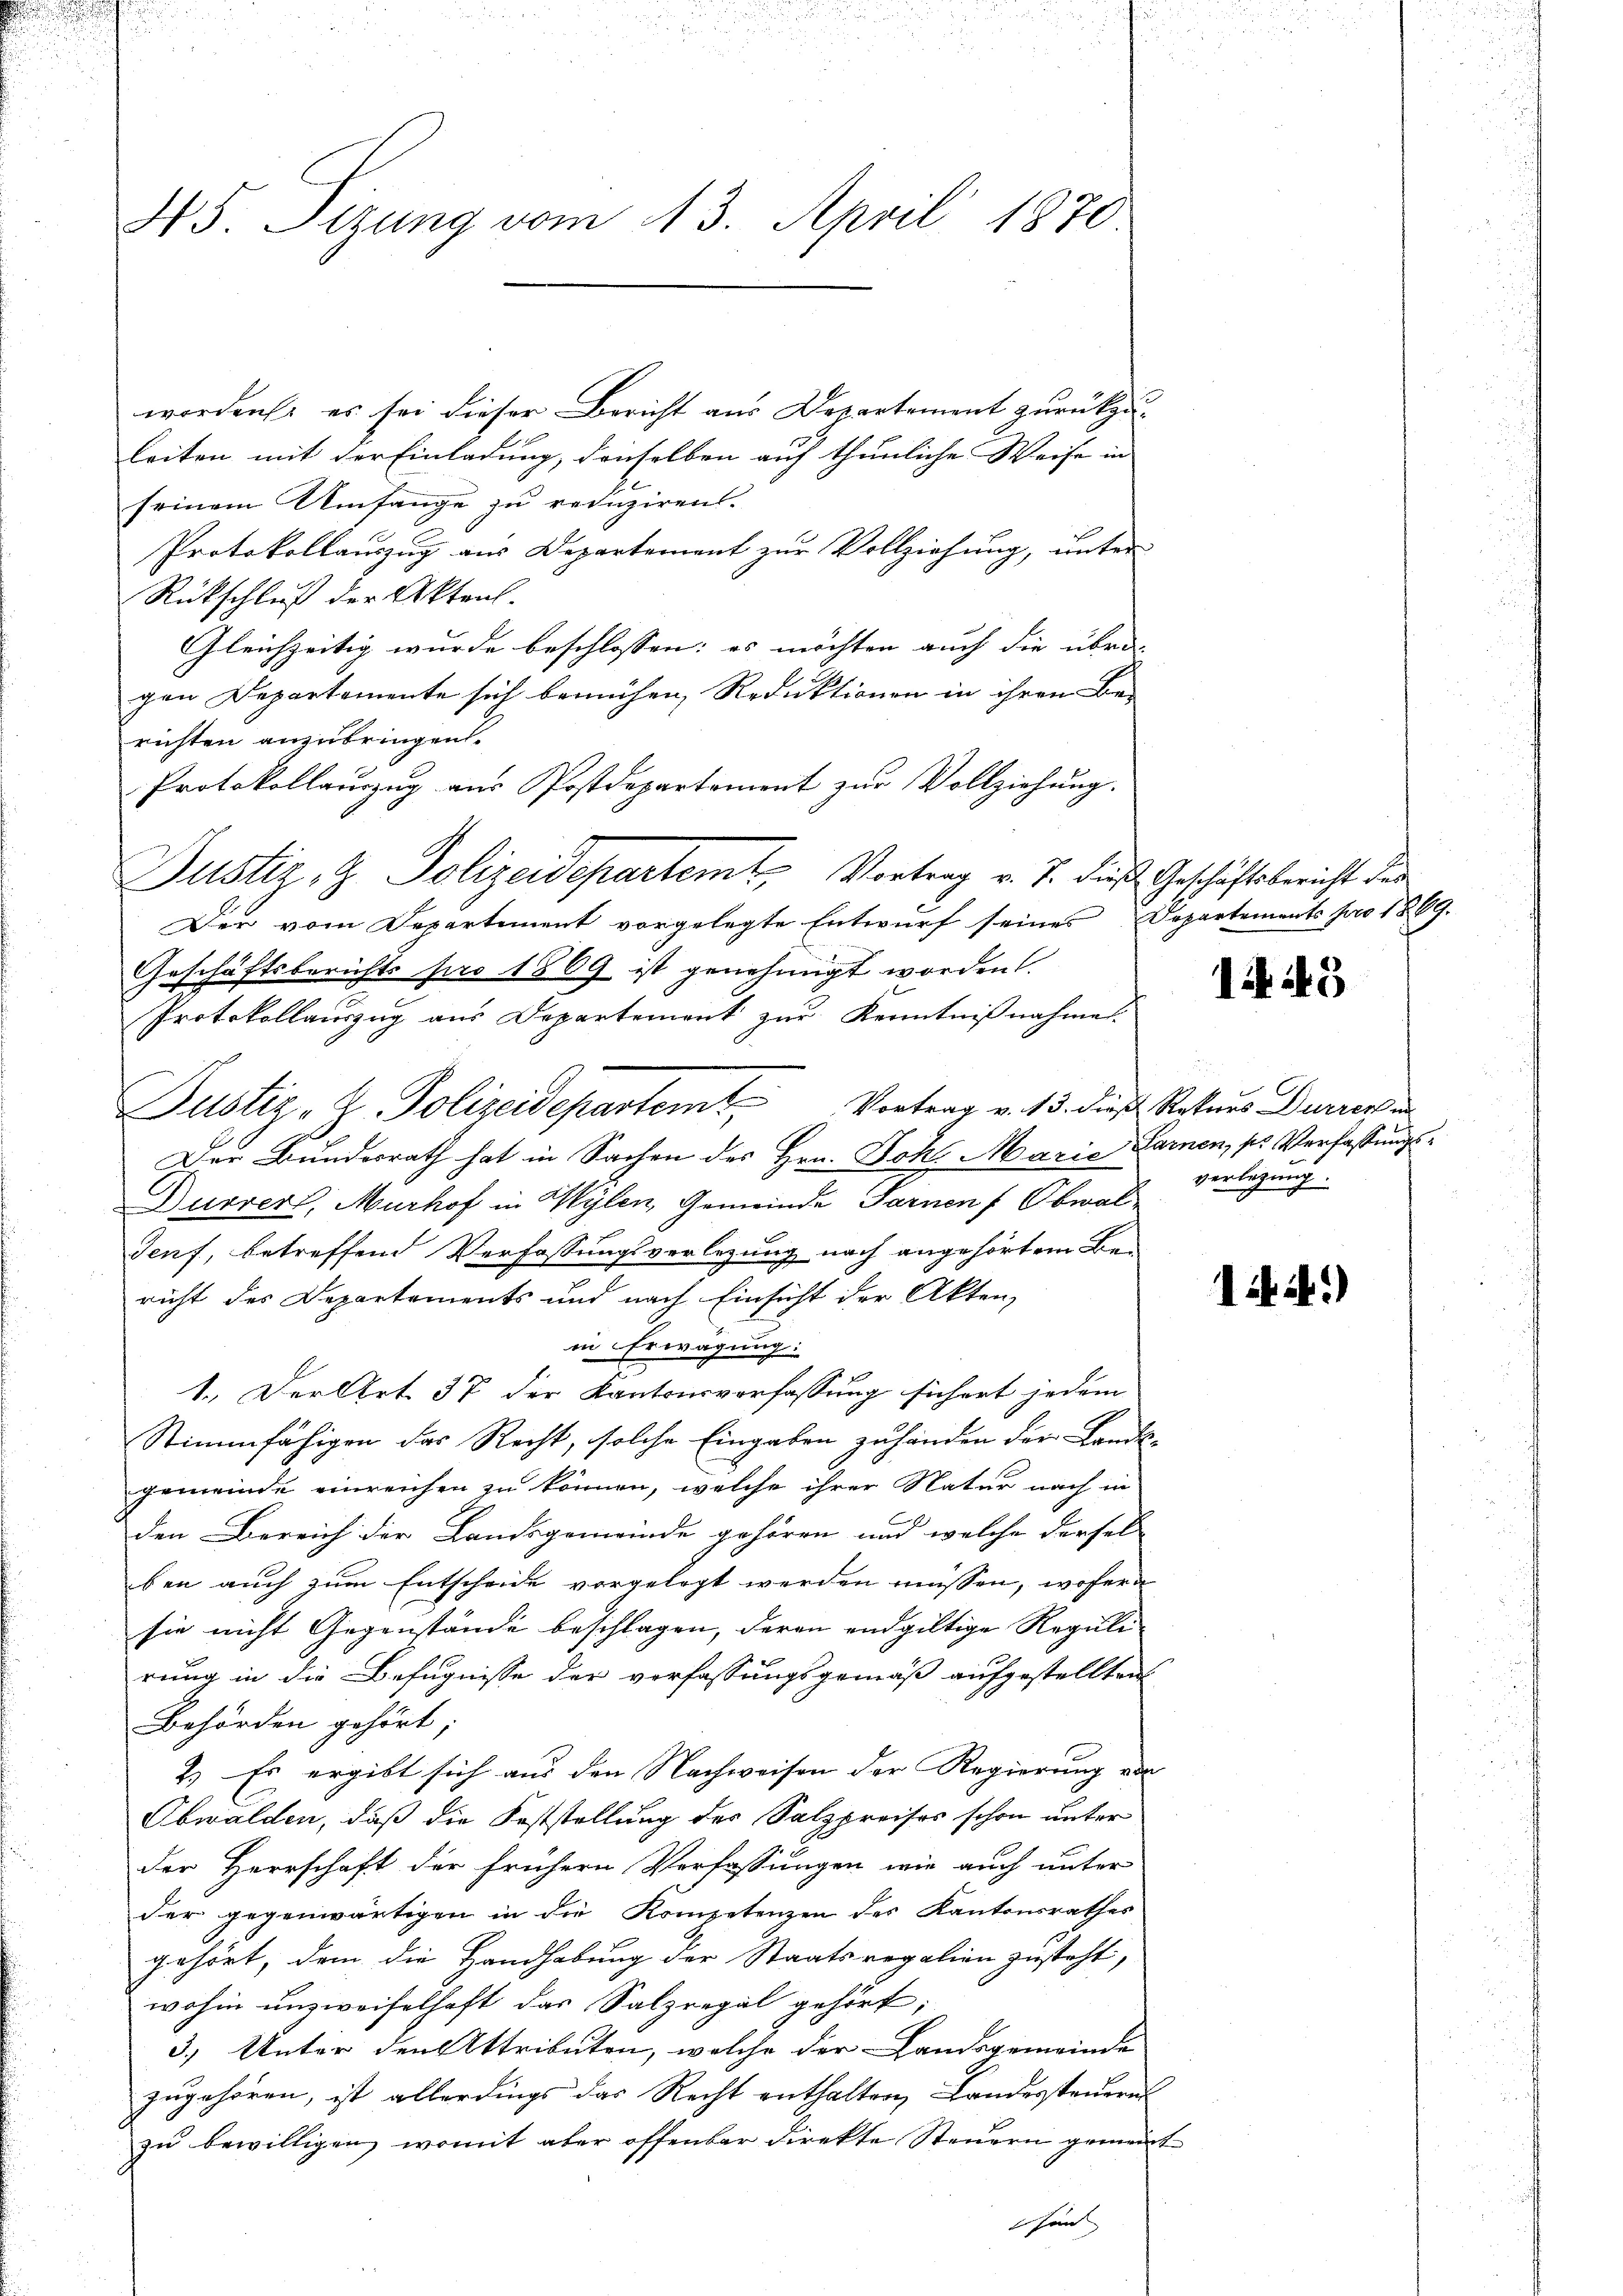
d

45. Tizung vom 13. April 1870

worden es sei dieser Bericht aus Departement zurückzuleiten mit der Einladung, denselben auf thunliche Weise in
seinem Umfange zu reduziren.
Protokollauszug aus Departement zur Vollziehung, unter
Rückschluß der Akten.
Gleichzeitig wurde beschlossen: es möchten auch die übri- |
gen Departemente sich bemühen, Reduktionen in ihren Be-
richten anzubringen.
Protokollaŭszŭg aŭs Postdepartement zŭr Vollziehŭng.
Der vom Departement vorgelegte Entwurf seines Departements pro 1869.
Geschäftsberichts pro 1869 ist genehmigt worden
Protokollauszug aus Departement zur Kenntnißnahmen.
Der Bundesrath hat in Sachen des Hrn. Joh. Maria Paren, so Verfassungs¬
Durrer, Murhof in Wylen, Gemeinde Sarnen f Obwal¬
Senf, betreffend Verfassungsverlegung nach angehörtem Bericht des Departements und nach Einsicht der Akten,
in Erwägung:
e
1. Der Art. 37 der Kantonsverfassung sichert jedem
Stimmfähigen das Recht, solche Eingaben zuhänden der Lands-
gemeinde einreichen zu können, welche ihrer Natur nach in
den Bereich der Landsgemeinde gehören und welche dersel
ben auch zum Entscheide vorgelegt werden müssen, wofern
sie nicht Gegenstände beschlagen, deren endgültige Reguli
rung in die Befugnisse der verfassungsgemäß aufgestellten
Behörden gehört,
2.) Es ergibt sich aus den Nachweisen der Regierung von |
Obwalden, daß die Feststellung des Salzpreises schon unter
der Herrschaft der frühern Verfassungen wie auch unter
der gegenwärtigen in die Kompetenzen des Kantonsrathes
gehört, dem die Handhabung der Staatsregalion zusteht,
wohin unzweifelhaft das Salzregal gehört,
3.) Unter den Attributen, welche der Landsgemeinde
zugehören, ist allerdings das Recht enthalten, Landersteuernt
zu bewilligen, womit aber offenbar direkte Steuern gemeint
sind

Justiz, H. Polizeidepartemt, Vortrag v. J. dieß Geschäftsbericht der

Justiz- H. Polizeidepartem Vortrag v. 13. dieß Rekurs Durren un

1445

verlegung.

i. a.)